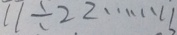
7 7 \div 2 2 \cdots 1 1